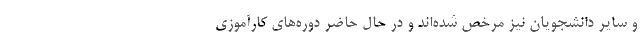
و سایر دانشجویان نیز مرخص شده‌اند و در حال حاضر دوره‌های کارآموزی